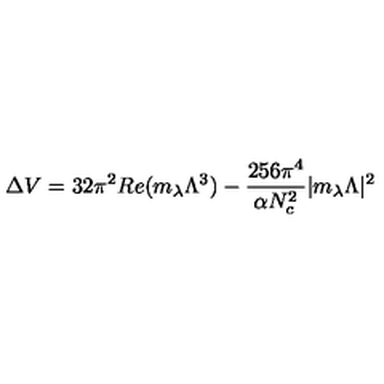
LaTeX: \Delta V = 3 2 \pi ^ { 2 } R e ( m _ { \lambda } \Lambda ^ { 3 } ) - { \frac { 2 5 6 \pi ^ { 4 } } { \alpha N _ { c } ^ { 2 } } } | m _ { \lambda } \Lambda | ^ { 2 }